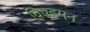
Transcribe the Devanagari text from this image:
विएडमन